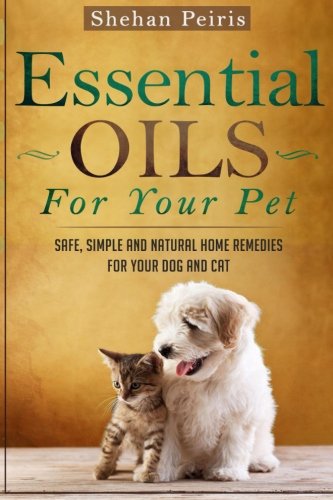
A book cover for Essential Oils For Your Pet: Safe, Simple and Natural Home Remedies For Your Dog and Cat; Shehan Peiris; Crafts, Hobbies & Home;